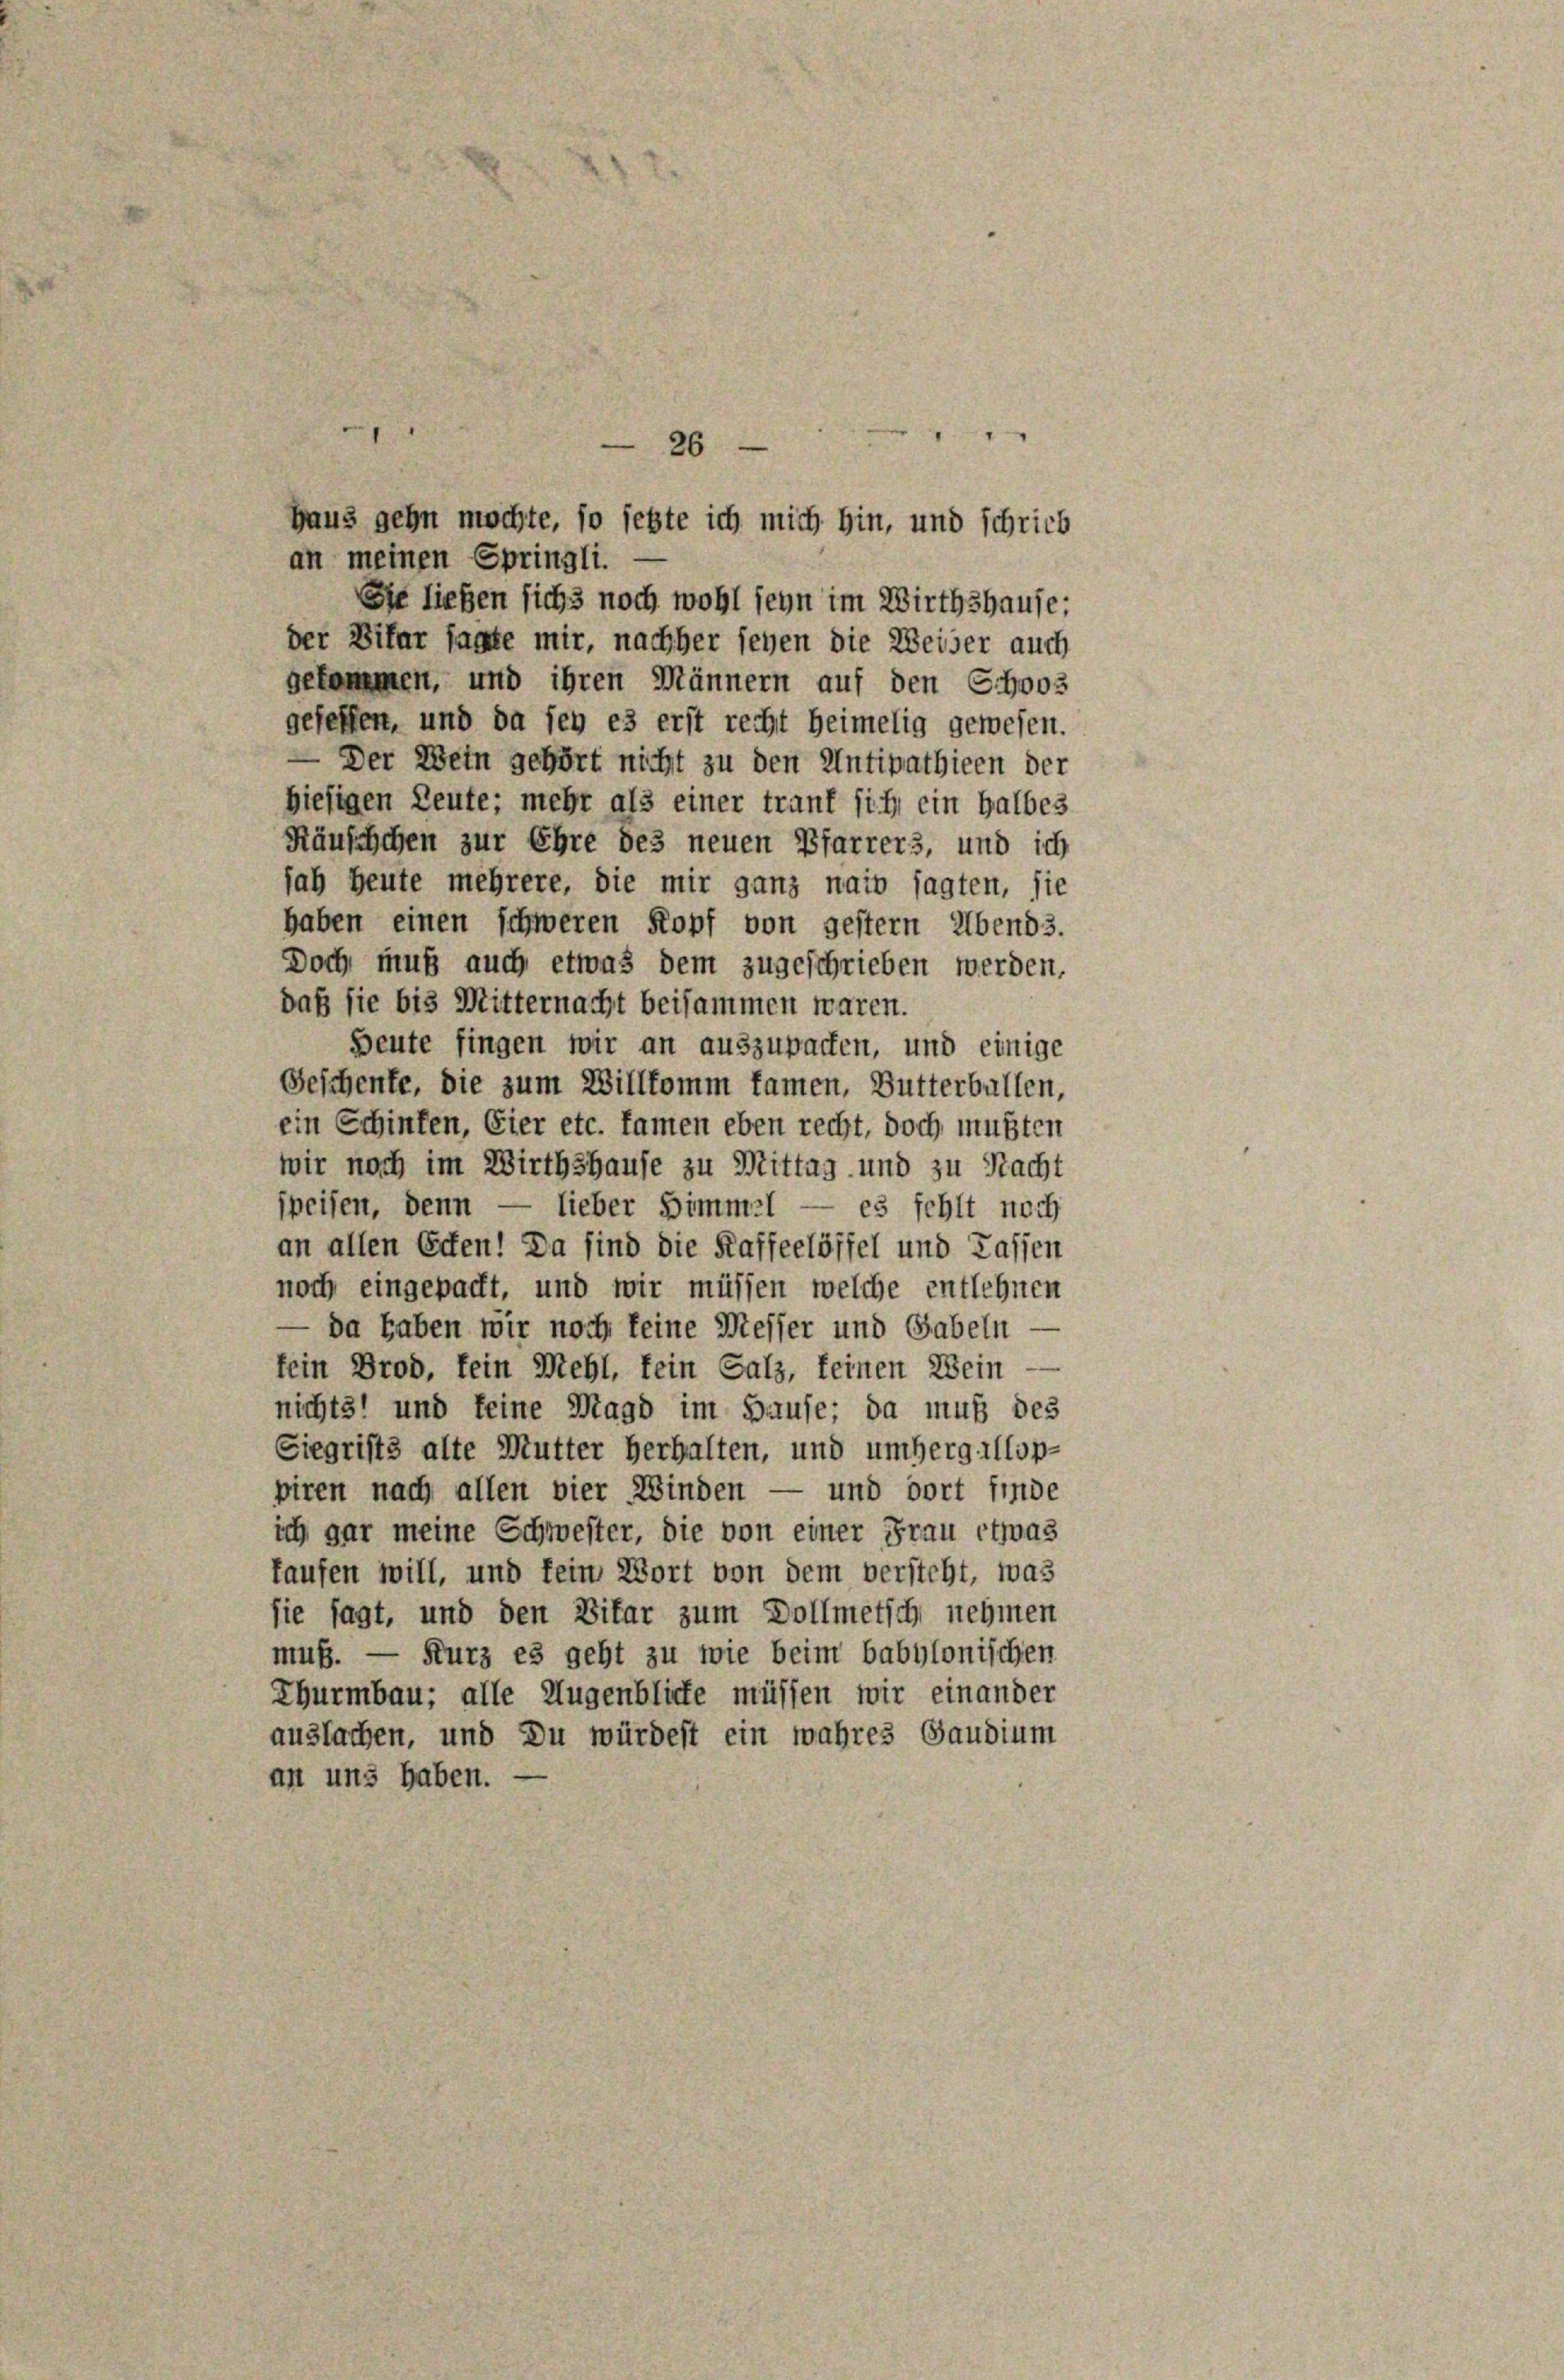
an meinen Springli.
Sie ließen sich 3 noch wohl seyn im Wirthshause;
der Bilar sagte mir, nachher sehen die Weiser auch
gekommen, und ihren Männern auf den Schoos
gefeffen, und da sey es erst recht heimelig gewesen.
— Der Wein gehört nicht zu den Antipathieen der
hiesigen Leute; mehr als einer trant sich ein halbes
Räufchen zur Ehre des neuen Pfarrers, und ich
sah heute mehrere, die mir ganz naiv sagten, sie
haben einen schweren Kopf von gestern Abends.
Doch muß auch etwas dem zugeschrieben werden,
daß sie bis Mitternacht beisammen waren.
Beute fingen wir an auszupacken, und einige
Geschente, die zum Willkomm kamen, Butterbullen,
ein Schinken, Eier etc. Namen eben recht, doch mußten
wir noch im Wirthshause zu Mittag und zu Nacht
speisen, denn — lieber Simmel — es fehlt noch
an allen Ecken! Da sind die Kaffeelöffel und Kassen
noch eingepacht, und wir müssen welche entlehnen
da haben wir noch keine Messer und Gabeln
fein Brod, fein Mehl, fein Salz, feinen Wein
nichts und keine Magd im Hause; da muß des
Siegrists alte Mutter herhalten, und umhergellop-
piren nach allen vier Winden — und dort finde
ich gar meine Schwester, die von einer Frau etwas
kaufen will, und fein Wort von dem versteht, was
sie sagt, und den Vitar zum Vollmetsch nehmen
muß. — Kurz es geht zu wie beim babylonischen
Thurmbau; alle Augenblicke müssen wir einander
auslachen, und Du würdest ein wahres Gaudium
an uns haben. —

26
Haus gehn möchte, so jetzte ich mich hin, und schrieb

“